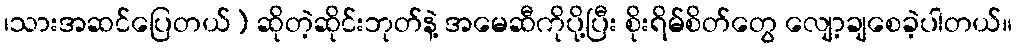
၊သားအဆင်ပြေတယ်) ဆိုတဲ့ဆိုင်းဘုတ်နဲ့ အမေဆီကိုပို့ပြီး စိုးရိမ်စိတ်တွေ လျော့ချစေခဲ့ပါတယ်။